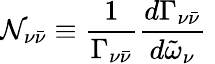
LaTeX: {\cal N}_{\nu{\bar{\nu}}}\equiv\frac{1}{\Gamma_{\nu{\bar{\nu}}}}\frac{d\Gamma_{\nu{\bar{\nu}}}}{d{\tilde{\omega}}_{\nu}}\;